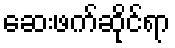
ဆေးဖက်ဆိုင်ရာ